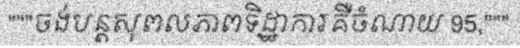
"""ចង់បន្តសុពលភាពទិដ្ឋាការគឺចំណាយ 95,"""